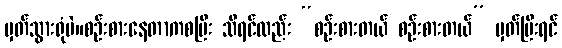
မှတ်သွားရုံပဲ။စဉ်းစားနေတာကစပြီး သိရင်လည်း “စဉ်းစားတယ် စဉ်းစားတယ်” မှတ်ပြီးရင်